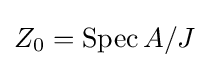
Z_{0}=\operatorname {Spec} A/J